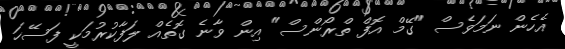
އެހެން ނަމަވެސް "ގޭމް އޮފް ތްރޯންސް" އިން ވާނެ ގޮތެއް ލަފާކުރުމަކީ ފަސޭހަ